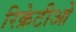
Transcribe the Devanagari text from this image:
रिक्रेटीओ